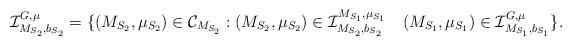
LaTeX: \begin{align*}\mathcal{I}^{G, \mu}_{M_{S_2}, b_{S_2}} =\{ (M_{S_2}, \mu_{S_2}) \in \mathcal{C}_{M_{S_2}} : (M_{S_2}, \mu_{S_2}) \in \mathcal{I}^{M_{S_1}, \mu_{S_1}}_{M_{S_2}, b_{S_2}} \,\ \,\ (M_{S_1}, \mu_{S_1}) \in \mathcal{I}^{G, \mu}_{M_{S_1}, b_{S_1}} \}.\end{align*}